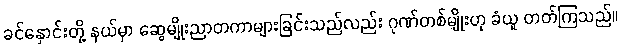
ခင်နှောင်းတို့ နယ်မှာ ဆွေမျိုးညာတကာများခြင်းသည်လည်း ဂုဏ်တစ်မျိုးဟု ခံယူ တတ်ကြသည်။